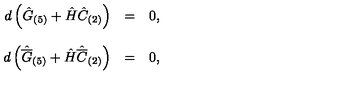
\begin{array} { r c l } { d \left( \hat { G } _ { ( 5 ) } + \hat { H } \hat { C } _ { ( 2 ) } \right) } & { = } & { 0 , } \\ { } & { } & { } \\ { d \left( \hat { \overline { { G } } } _ { ( 5 ) } + \hat { H } \hat { \overline { { C } } } _ { ( 2 ) } \right) } & { = } & { 0 , } \\ \end{array}